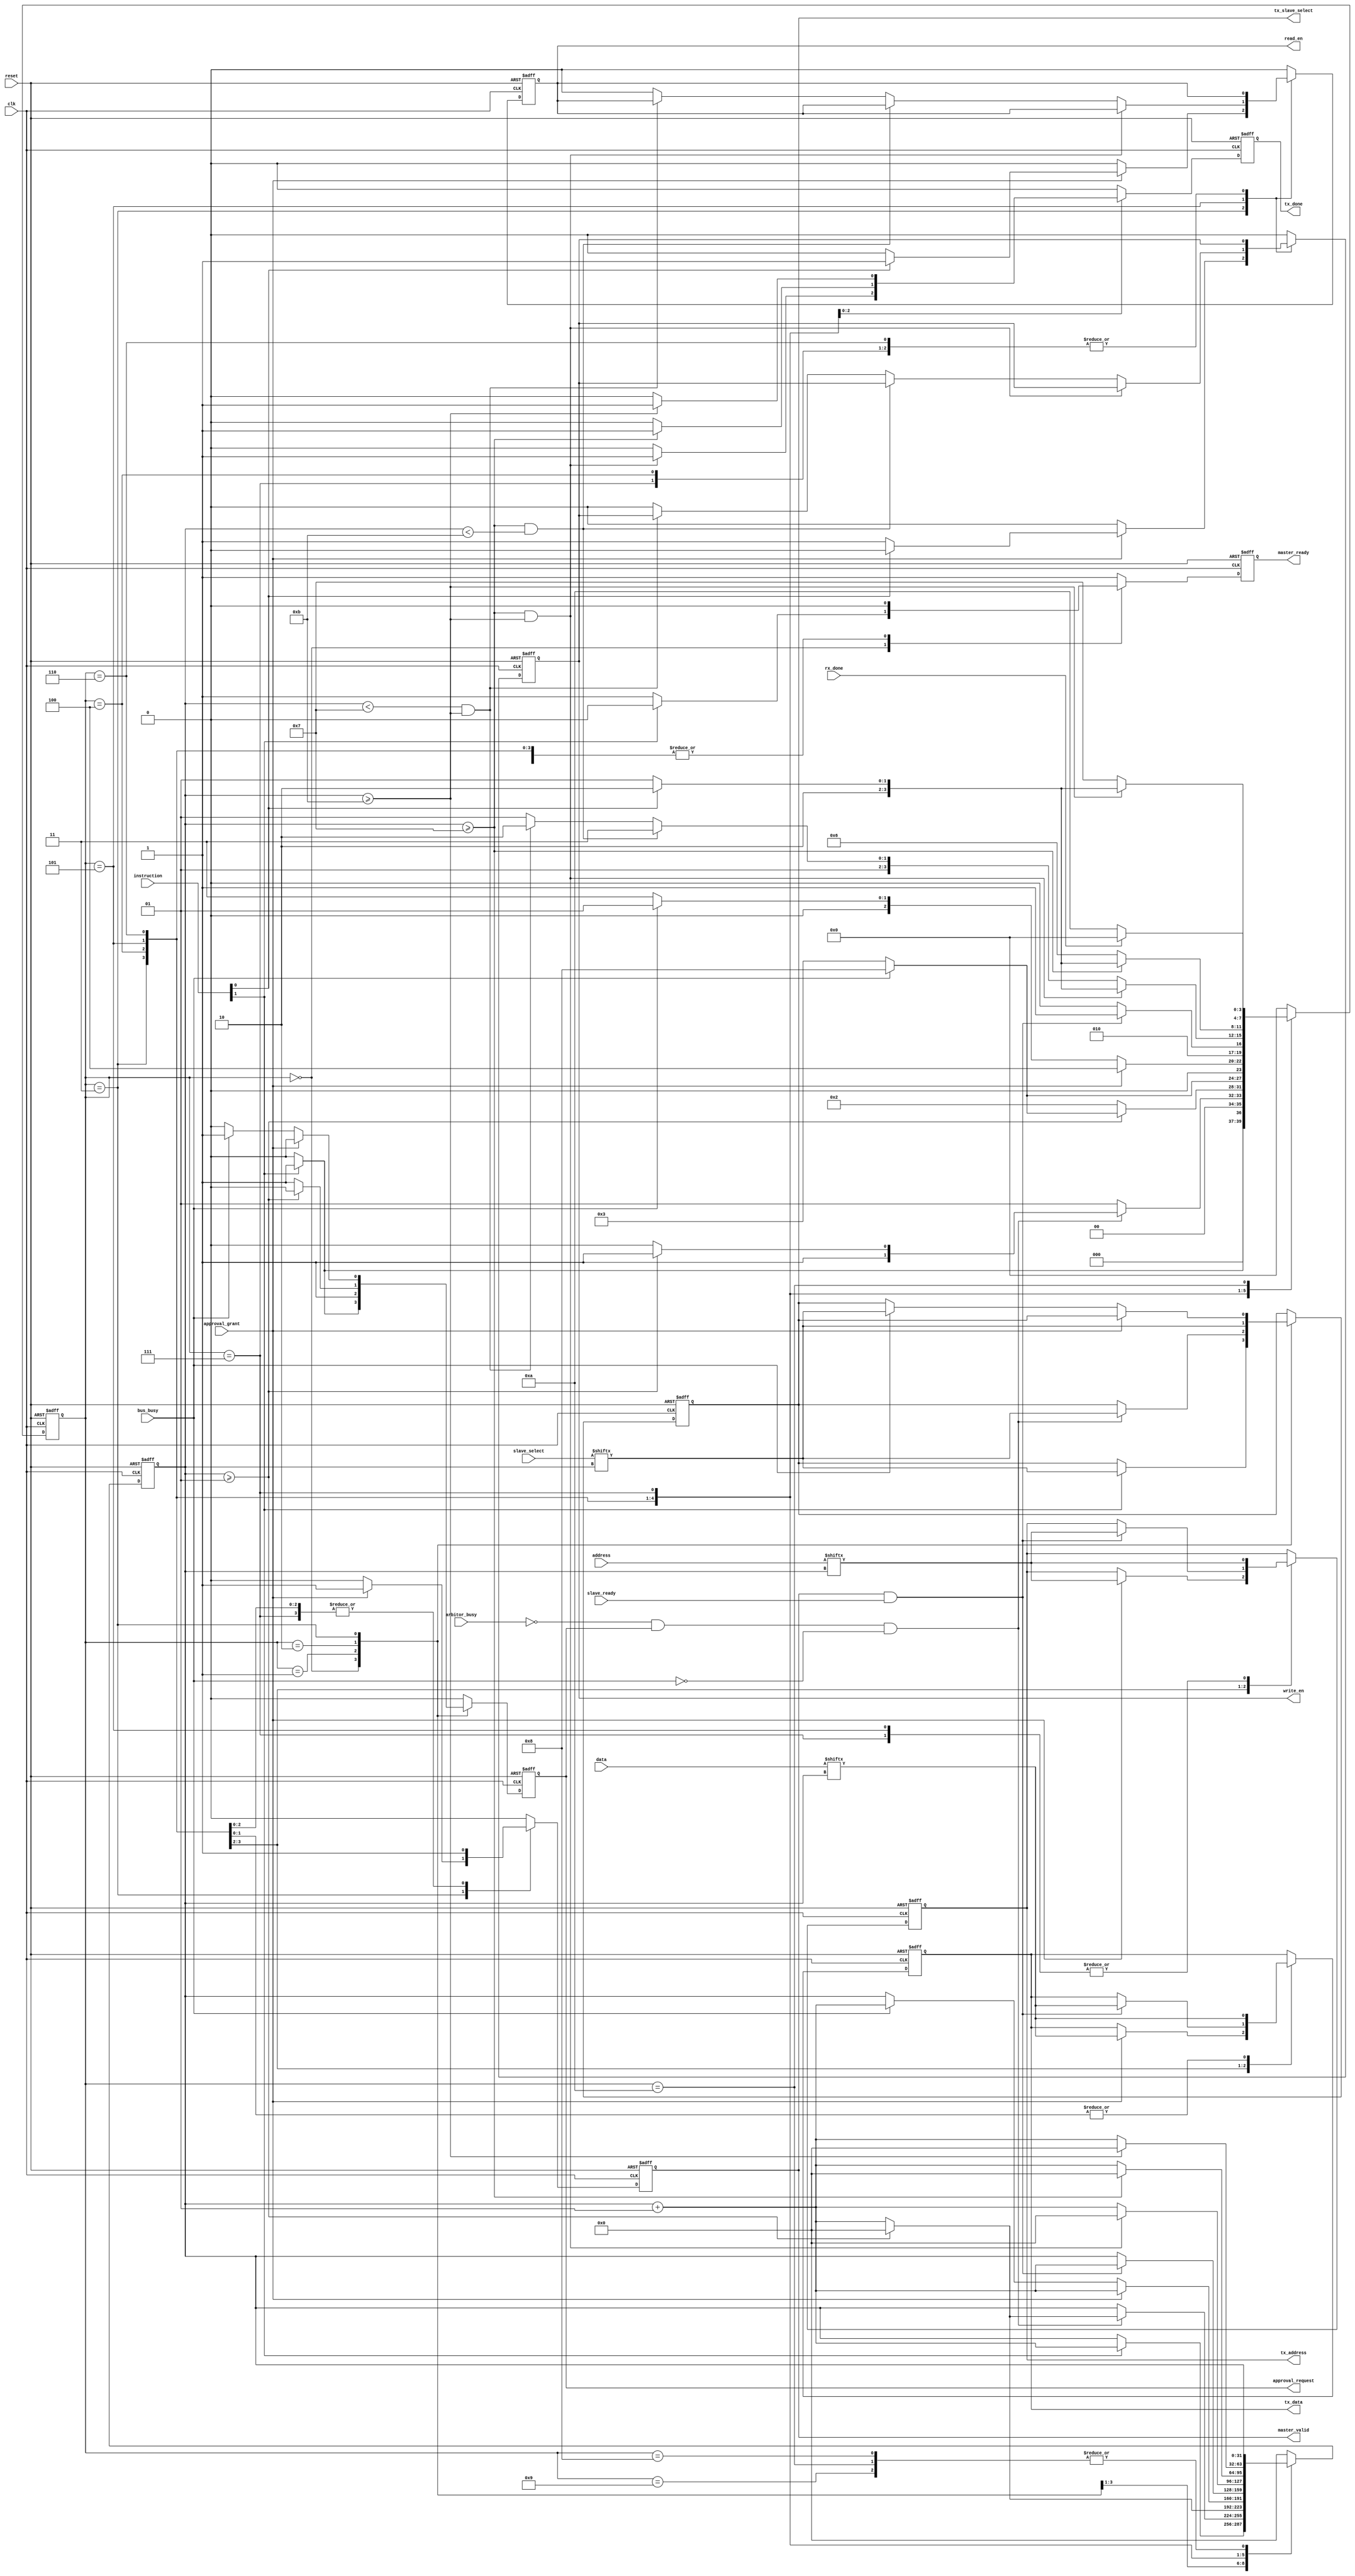
/* 
 file name : master_out_port.v

 Description:
	This file contains the output port of the master port.
	It is responsible for accessing a slave.

 Maintainers : Sanjula Thiranjaya <sthiranjaya@gmail.com>
					Sachini Wickramasinghe <sswickramasinghe@gmail.com>
					Kavish Ranawella <kavishranawella@gmail.com>
					
 Revision : v1.0 
*/

module master_out_port #(parameter SLAVE_LEN=2, parameter ADDR_LEN=12, parameter DATA_LEN=8)(
	input clk, 
	input reset,
	
	input [SLAVE_LEN-1:0]slave_select,
	input [1:0]instruction, 
	input [ADDR_LEN-1:0]address,
	input [DATA_LEN-1:0]data,
	input rx_done,
	output reg tx_done,
	
	input slave_ready,
	input arbitor_busy,
	input bus_busy,
	input approval_grant,
	output reg master_ready,
	output reg approval_request,
	output reg tx_slave_select,
	output reg master_valid,
	output reg write_en,
	output reg read_en,	
	output reg tx_address,
	output reg tx_data);

//reg [3:0]address_state = 0;
//reg [3:0]data_state = 0;
//reg address_idle;
//reg address_done;
//reg data_idle;
//reg data_done;
//wire handshake = master_valid & slave_ready;
//
//assign master_ready = data_idle && address_idle;
//assign master_tx_done = address_done;

reg [3:0]state = 0;

parameter IDLE=0, WAIT_ARBITOR=1, TRANSMIT_SELECT=2, WAIT_APPROVAL=3, WAIT_HANDSHAKE=4, 
				TRANSMIT_DATA_ADDR=5, TRANSMIT_DATA=6, TRANSMIT_ADDR=7, WAIT_BUS=8, FINISH=9, READ_WAIT=10;
parameter INACTIVE=2'b00, WRITE=2'b10, READ=2'b11;

integer count = 0;

always @ (posedge clk or posedge reset) 
begin
	if (reset)
	begin
		count <= 0;
		state <=IDLE;
		master_ready<= 1;
		approval_request<= 0;
		tx_slave_select<= 0;
		master_valid<= 0;
		write_en<= 0;
		read_en<= 0;	
		tx_address<= 0;
		tx_data<= 0;
		tx_done<= 0;
	end
	else
		case (state)
		
		IDLE:
		begin
			if (instruction[1]==1)
			begin
				count <= count+1;
				state <= WAIT_ARBITOR;
				master_ready<= 0;
				approval_request <= 1;
				tx_slave_select <= slave_select[count];
				master_valid <= 0;
				write_en <= 0;
				read_en <= 0;	
				tx_address <= tx_address;
				tx_data <= tx_data;
				tx_done <= 0;
			end
			
			else
			begin
				count <= count;
				state <=IDLE;
				master_ready <= 1;
				approval_request <= 0;
				tx_slave_select <= tx_slave_select;
				master_valid <= 0;
				write_en <= 0;
				read_en <= 0;	
				tx_address <= tx_address;
				tx_data <= tx_data;
				tx_done <= 0;
			end
			
		end
		
		WAIT_ARBITOR:
		begin
			if (arbitor_busy==0 && approval_request==1 && bus_busy == 0)
			begin
				if (count >= SLAVE_LEN-1)
				begin
					count<=0;
					//if (bus_busy==0)
					state <= WAIT_APPROVAL;
					//else	
					//	state <=WAIT_BUS;
				end
				else
				begin
					count <= count+1;
					state <=TRANSMIT_SELECT;
				end
				master_ready <= 0;
				approval_request <= 1;
				tx_slave_select <= slave_select[count];
				master_valid <= 0;
				write_en <= 0;
				read_en <= 0;	
				tx_address <= tx_address;
				tx_data <= tx_data;
				tx_done <= 0;
			end
			
			else
			begin
				count <= count;
				state <=WAIT_ARBITOR;
				master_ready <= 0;
				approval_request <= 1;
				tx_slave_select <= tx_slave_select;
				master_valid <= 0;
				write_en <= 0;
				read_en <= 0;	
				tx_address <= tx_address;
				tx_data <= tx_data;
				tx_done <= 0;
			end
		end
		
		TRANSMIT_SELECT:
		begin
			if (count >= SLAVE_LEN-1)
			begin
				count <= 0;
				if (bus_busy==0)
					state <=WAIT_APPROVAL;
				else	
					state <=WAIT_BUS;
				master_ready <= 0;
				approval_request <= 0;
				tx_slave_select <= slave_select[count];
				master_valid <= 0;
				write_en <= 0;
				read_en <= 0;	
				tx_address <= tx_address;
				tx_data <= tx_data;
				tx_done <= 0;
			end
			
			else
			begin
				count <= count+1;
				state <=TRANSMIT_SELECT;
				master_ready <= 0;
				approval_request <= 1;
				tx_slave_select <= slave_select[count];
				master_valid <= 0;
				write_en <= 0;
				read_en <= 0;	
				tx_address <= tx_address;
				tx_data <= tx_data;
				tx_done <= 0;
			end
		end
		
		WAIT_BUS:
		begin
			if (bus_busy==0)
			begin
				count <= count;
				state <= WAIT_APPROVAL;
				master_ready <= 0;
				approval_request <= 0;
				tx_slave_select <= tx_slave_select;
				master_valid <= 0;
				write_en <= 0;
				read_en <= 0;	
				tx_address <= tx_address;
				tx_data <= tx_data;
				tx_done <= 0;
			end
			
			else
			begin
				count <= count;
				state <= WAIT_BUS;
				master_ready <= 0;
				approval_request <= 0;
				tx_slave_select <= tx_slave_select;
				master_valid <= 0;
				write_en <= 0;
				read_en <= 0;	
				tx_address <= tx_address;
				tx_data <= tx_data;
				tx_done <= 0;
			end
		end
		
		WAIT_APPROVAL:
		begin
			if (approval_grant==1)
			begin
				count <= count+1;
				state <=WAIT_HANDSHAKE;
				master_ready <= 0;
				approval_request <= 0;
				tx_slave_select <= tx_slave_select;
				master_valid <= 1;
				if (instruction[0]==1)
				begin
					write_en <= 0;
					read_en <= 1;	
				end
				else
				begin
					write_en <= 1;
					read_en <= 0;	
				end
				tx_address <= address[count];
				tx_data <= data[count];
				tx_done <= 0;
			end
			
			else
			begin
			
				if (bus_busy == 1) 
				begin
					count <= count+1;
					state <= WAIT_ARBITOR;
					master_ready<= 0;
					approval_request <= 1;
					tx_slave_select <= slave_select[count];
					master_valid <= 0;
					write_en <= 0;
					read_en <= 0;	
					tx_address <= tx_address;
					tx_data <= tx_data;
					tx_done <= 0;
				end
				
				else
				begin
					count <= count;
					state <= WAIT_APPROVAL;
					master_ready <= 0;
					approval_request <= 0;
					tx_slave_select <= tx_slave_select;
					master_valid <= 0;
					write_en <= 0;
					read_en <= 0;	
					tx_address <= tx_address;
					tx_data <= tx_data;
					tx_done <= 0;
				end

			end
		end
		
		WAIT_HANDSHAKE:
		begin
			if (master_valid==1 && slave_ready==1)
			begin
				count <= count+1;
				state <=TRANSMIT_DATA_ADDR;
				master_ready <= 0;
				approval_request <= 0;
				tx_slave_select <= tx_slave_select;
				master_valid <= 1;
				write_en <= write_en;
				read_en <= read_en;
				tx_address <= address[count];
				tx_data <= data[count];
				tx_done <= 0;
			end
			
			else
			begin
				count <= count;
				state <= WAIT_HANDSHAKE;
				master_ready <= 0;
				approval_request <= 0;
				tx_slave_select <= tx_slave_select;
				master_valid <= 1;
				write_en <= write_en;
				read_en <= read_en;	
				tx_address <= tx_address;
				tx_data <= tx_data;
				tx_done <= 0;
			end
		end
		
		TRANSMIT_DATA_ADDR:
		begin
			if (count >= DATA_LEN-1 && count >= ADDR_LEN-1)
			begin
				count <= 0;
				if (instruction[0]==0)
					state <= FINISH;
				else
					state <= READ_WAIT;
				master_ready <= 0;
				approval_request <= 0;
				tx_slave_select <= tx_slave_select;
				master_valid <= 1;
				write_en <= write_en;
				read_en <= read_en;
				tx_address <= address[count];
				tx_data <= data[count];
				tx_done <= 1;
			end
			
			else if (count >= DATA_LEN-1 && count < ADDR_LEN-1)
			begin
				count <= count+1;
				state <= TRANSMIT_ADDR;
				master_ready <= 0;
				approval_request <= 0;
				tx_slave_select <= tx_slave_select;
				master_valid <= 1;
				write_en <= write_en;
				read_en <= read_en;
				tx_address <= address[count];
				tx_data <= data[count];
				tx_done <= 0;
			end
			
			else if (count < DATA_LEN-1 && count >= ADDR_LEN-1)
			begin
				count <= count+1;
				state <= TRANSMIT_DATA;
				master_ready <= 0;
				approval_request <= 0;
				tx_slave_select <= tx_slave_select;
				master_valid <= 1;
				write_en <= write_en;
				read_en <= read_en;
				tx_address <= address[count];
				tx_data <= data[count];
				tx_done <= 0;
			end
			
			else
			begin
				count <= count+1;
				state <= TRANSMIT_DATA_ADDR;
				master_ready <= 0;
				approval_request <= 0;
				tx_slave_select <= tx_slave_select;
				master_valid <= 1;
				write_en <= 0;
				read_en <= 0;	
				tx_address <= address[count];
				tx_data <= data[count];
				tx_done <= 0;
			end
		end
		
		TRANSMIT_DATA:
		begin
			if (count >= DATA_LEN-1)
			begin
				count <= 0;
				if (instruction[0]==0)
					state <= FINISH;
				else
					state <= READ_WAIT;
				master_ready <= 0;
				approval_request <= 0;
				tx_slave_select <= tx_slave_select;
				master_valid <= 1;
				write_en <= write_en;
				read_en <= read_en;
				tx_address <= tx_address;
				tx_data <= data[count];
				tx_done <= 1;
			end
			
			else
			begin
				count <= count+1;
				state <= TRANSMIT_DATA;
				master_ready <= 0;
				approval_request <= 0;
				tx_slave_select <= tx_slave_select;
				master_valid <= 1;
				write_en <= write_en;
				read_en <= read_en;	
				tx_address <= tx_address;
				tx_data <= data[count];
				tx_done <= 0;
			end
		end
		
		TRANSMIT_ADDR:
		begin
			if (count >= ADDR_LEN-1)
			begin
				count <= 0;
				if (instruction[0]==0)
					state <= FINISH;
				else
					state <= READ_WAIT;
				master_ready <= 0;
				approval_request <= 0;
				tx_slave_select <= tx_slave_select;
				master_valid <= 1;
				write_en <= write_en;
				read_en <= read_en;
				tx_address <= address[count];
				tx_data <= tx_data;
				tx_done <= 1;
			end
			
			else
			begin
				count <= count+1;
				state <= TRANSMIT_ADDR;
				master_ready <= 0;
				approval_request <= 0;
				tx_slave_select <= tx_slave_select;
				master_valid <= 1;
				write_en <= write_en;
				read_en <= read_en;
				tx_address <= address[count];
				tx_data <= tx_data;
				tx_done <= 0;
			end
		end
		
		READ_WAIT:
		begin
			count <= count;
			if (rx_done == 1)
				state <= IDLE;
			else
				state <= READ_WAIT;
			master_ready <= 1;
			approval_request <= 0;
			tx_slave_select <= tx_slave_select;
			master_valid <= 0;
			write_en <= 0;
			read_en <= 0;	
			tx_address <= tx_address;
			tx_data <= tx_data;
			tx_done <= 0;
		end
		
		FINISH:
		begin
			count <= count;
			state <=IDLE;
			master_ready <= 1;
			approval_request <= 0;
			tx_slave_select <= tx_slave_select;
			master_valid <= 0;
			write_en <= 0;
			read_en <= 0;	
			tx_address <= tx_address;
			tx_data <= tx_data;
			tx_done <= 0;
		end
		
		default:
		begin 
			count <= 0;
			state <= IDLE;
			master_ready <= 1;
			approval_request <= 0;
			tx_slave_select <= tx_slave_select;
			master_valid <= 0;
			write_en <= 0;
			read_en <= 0;
			tx_address <= tx_address;
			tx_data <= tx_data;
			tx_done <= 0;
		end
		
		endcase
end

endmodule